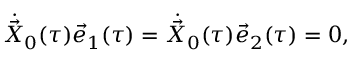
\dot { \vec { X } } _ { 0 } ( \tau ) \vec { e } _ { 1 } ( \tau ) = \dot { \vec { X } } _ { 0 } ( \tau ) \vec { e } _ { 2 } ( \tau ) = 0 ,